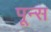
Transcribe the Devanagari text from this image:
पून्स